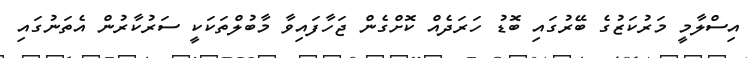
އިސްލާމީ މަރުކަޒުގެ ބޭރުގައި ބޮޑު ހަރަދެއް ކޮށްގެން ޖަހާފައިވާ މާބުލްތަކަކީ ސަރުކާރުން އެތަނުގައި